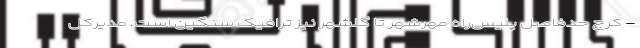
- کرج حدفاصل پلیس‌راه مهرشهر تا گلشهر نیز ترافیک سنگین است. مدیرکل